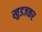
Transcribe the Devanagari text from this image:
खुडजकर